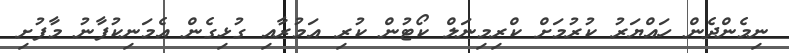
ނިމެންދެން ހައްޔަރު ކުރުމަށް ކްރިމިނަލް ކޯޓުން ކުރި އަމުރާއި ގުޅިގެން އެމަނިކުފާނު މާފުށި